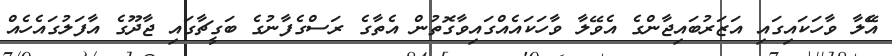
އެޭލާ ވާހަކައިގައި އަޒަރުބައިޖާންގެ އެވޭލާ ވާހަކައެއްގައިވާގޮތުން އެތާގެ ރަސްގެފާނުގެ ބަގީޗާގައި ޖާދޫގެ އާފަލުގައެހެއް